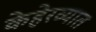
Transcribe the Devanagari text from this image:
केहेरव्यात